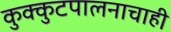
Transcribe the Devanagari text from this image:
कुक्कुटपालनाचाही